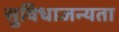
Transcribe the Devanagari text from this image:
सुविधाजन्यता